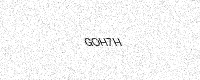
Text: GOH7H